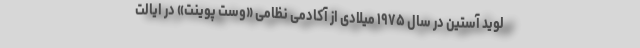
لوید آستین در سال ۱۹۷۵ میلادی از آکادمی نظامی «وست پوینت» در ایالت